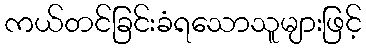
ကယ်တင်ခြင်းခံရသောသူများဖြင့်